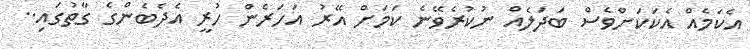
އެކަމެއް އެކަކަށްވެސް ބަދަލެއް ނުކުރެވޭނެ ކަމަށް އޭރު އަހަރެން ހުރީ އެދެބެންގެ ގާތުގައި..